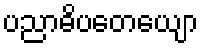
ပညာဓိပတေယျော